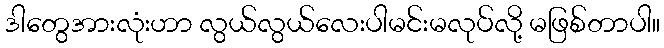
ဒါတွေအားလုံးဟာ လွယ်လွယ်လေးပါမင်းမလုပ်လို့ မဖြစ်တာပါ။